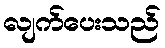
လျက်ပေးသည်